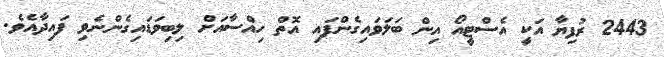
2443 ރުފިޔާ އަކީ އެސްޓީއޯ އިން ބަލަވައިގެންފައި އޮތް ހިއްސާއަށް ލިބިވަޑައިގެންނެވި ފައިދާއެވެ.